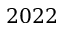
2 0 2 2